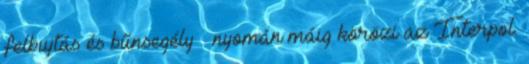
felbujtás és bűnsegély – nyomán máig körözi az Interpol.